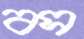
বস